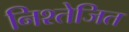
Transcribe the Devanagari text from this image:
निश्तेजित